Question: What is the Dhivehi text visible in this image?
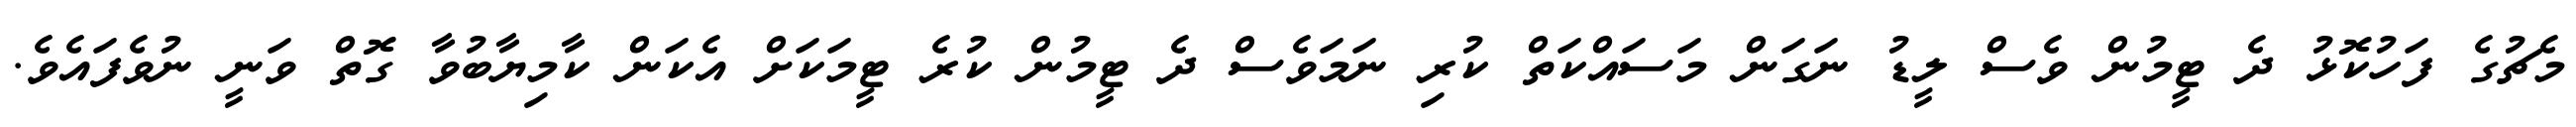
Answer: މެޗުގެ ފަހުކޮޅު ދެ ޓީމުން ވެސް ލީޑު ނަގަން މަސައްކަތް ކުރި ނަމަވެސް ދެ ޓީމުން ކުރެ ޓީމަކަށް އެކަން ކާމިޔާބުވާ ގޮތް ވަނީ ނުވެފައެވެ.